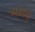
અકાદમી